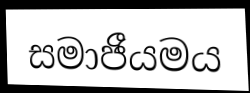
සමාජීයමය